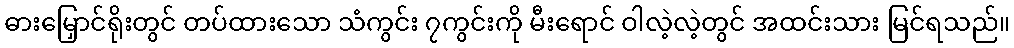
ဓားမြှောင်ရိုးတွင် တပ်ထားသော သံကွင်း ၇ကွင်းကို မီးရောင် ဝါလဲ့လဲ့တွင် အထင်းသား မြင်ရသည်။